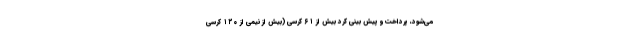
می‌شود، پرداخت و پیش بینی کرد بیش از ۶۱ کرسی (بیش از نیمی از ۱۲۰ کرسی